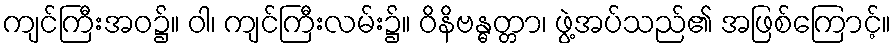
ကျင်ကြီးအဝ၌။ ဝါ၊ ကျင်ကြီးလမ်း၌။ ဝိနိဗန္ဓတ္တာ၊ ဖွဲ့အပ်သည်၏ အဖြစ်ကြောင့်။